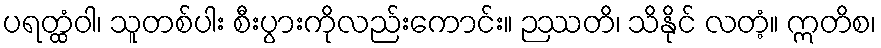
ပရတ္ထံဝါ၊ သူတစ်ပါး စီးပွားကိုလည်းကောင်း။ ဉဿတိ၊ သိနိုင် လတံ့။ ဣတိစ၊